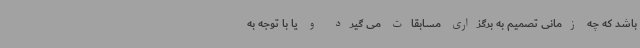
باشد که چه زمانی تصمیم به برگزاری مسابقات می گیرد و یا با توجه به